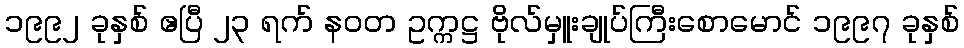
၁၉၉၂ ခုနှစ် ဧပြီ ၂၃ ရက် နဝတ ဥက္ကဋ္ဌ ဗိုလ်မှူးချုပ်ကြီးစောမောင် ၁၉၉၇ ခုနှစ်